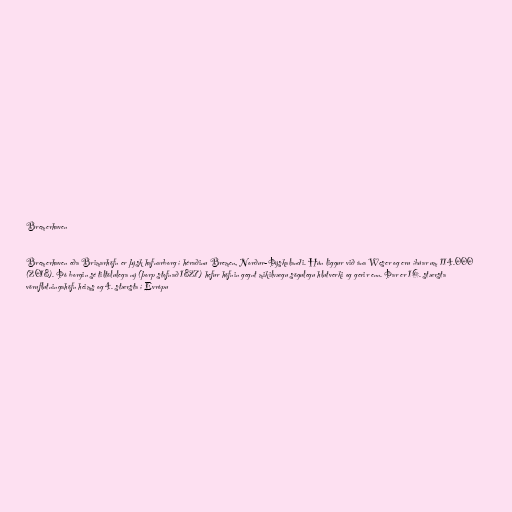
Bremerhaven

Bremerhaven eða Brimarhöfn er þýsk hafnarborg í héraðinu Bremen, Norður-Þýskalandi. Hún liggur við ána Weser og eru íbúar um 114.000
(2018). Þó borgin sé tiltölulega ný (þorp stofnað 1827) hefur höfnin gegnt mikilvægu sögulegu hlutverki og gerir enn. Þar er 16. stærsta
vöruflutningahöfn heims og 4. stærsta í Evrópu